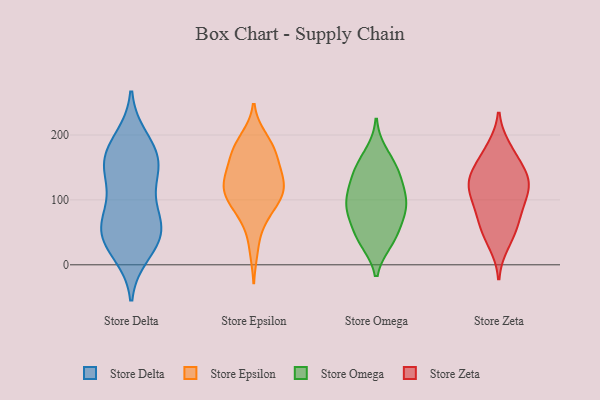
{"axis": {"x": "Budget (USD K)", "y": "Value"}, "legend": ["Store Delta", "Store Epsilon", "Store Omega", "Store Zeta"], "data": [{"x": "", "y": 134, "type": "Store Delta"}, {"x": "", "y": 163, "type": "Store Delta"}, {"x": "", "y": 53, "type": "Store Delta"}, {"x": "", "y": 18, "type": "Store Delta"}, {"x": "", "y": 163, "type": "Store Delta"}, {"x": "", "y": 110, "type": "Store Delta"}, {"x": "", "y": 61, "type": "Store Delta"}, {"x": "", "y": 49, "type": "Store Delta"}, {"x": "", "y": 184, "type": "Store Delta"}, {"x": "", "y": 194, "type": "Store Delta"}, {"x": "", "y": 35, "type": "Store Delta"}, {"x": "", "y": 154, "type": "Store Delta"}, {"x": "", "y": 32, "type": "Store Delta"}, {"x": "", "y": 71, "type": "Store Delta"}, {"x": "", "y": 151, "type": "Store Delta"}, {"x": "", "y": 76, "type": "Store Delta"}, {"x": "", "y": 180, "type": "Store Epsilon"}, {"x": "", "y": 166, "type": "Store Epsilon"}, {"x": "", "y": 103, "type": "Store Epsilon"}, {"x": "", "y": 123, "type": "Store Epsilon"}, {"x": "", "y": 160, "type": "Store Epsilon"}, {"x": "", "y": 191, "type": "Store Epsilon"}, {"x": "", "y": 69, "type": "Store Epsilon"}, {"x": "", "y": 105, "type": "Store Epsilon"}, {"x": "", "y": 144, "type": "Store Epsilon"}, {"x": "", "y": 77, "type": "Store Epsilon"}, {"x": "", "y": 195, "type": "Store Epsilon"}, {"x": "", "y": 119, "type": "Store Epsilon"}, {"x": "", "y": 91, "type": "Store Epsilon"}, {"x": "", "y": 115, "type": "Store Epsilon"}, {"x": "", "y": 24, "type": "Store Epsilon"}, {"x": "", "y": 120, "type": "Store Epsilon"}, {"x": "", "y": 123, "type": "Store Epsilon"}, {"x": "", "y": 143, "type": "Store Epsilon"}, {"x": "", "y": 174, "type": "Store Epsilon"}, {"x": "", "y": 90, "type": "Store Omega"}, {"x": "", "y": 38, "type": "Store Omega"}, {"x": "", "y": 84, "type": "Store Omega"}, {"x": "", "y": 131, "type": "Store Omega"}, {"x": "", "y": 138, "type": "Store Omega"}, {"x": "", "y": 101, "type": "Store Omega"}, {"x": "", "y": 106, "type": "Store Omega"}, {"x": "", "y": 100, "type": "Store Omega"}, {"x": "", "y": 142, "type": "Store Omega"}, {"x": "", "y": 77, "type": "Store Omega"}, {"x": "", "y": 63, "type": "Store Omega"}, {"x": "", "y": 36, "type": "Store Omega"}, {"x": "", "y": 41, "type": "Store Omega"}, {"x": "", "y": 172, "type": "Store Omega"}, {"x": "", "y": 155, "type": "Store Omega"}, {"x": "", "y": 67, "type": "Store Zeta"}, {"x": "", "y": 173, "type": "Store Zeta"}, {"x": "", "y": 32, "type": "Store Zeta"}, {"x": "", "y": 129, "type": "Store Zeta"}, {"x": "", "y": 124, "type": "Store Zeta"}, {"x": "", "y": 124, "type": "Store Zeta"}, {"x": "", "y": 49, "type": "Store Zeta"}, {"x": "", "y": 107, "type": "Store Zeta"}, {"x": "", "y": 152, "type": "Store Zeta"}, {"x": "", "y": 180, "type": "Store Zeta"}, {"x": "", "y": 63, "type": "Store Zeta"}, {"x": "", "y": 90, "type": "Store Zeta"}, {"x": "", "y": 142, "type": "Store Zeta"}, {"x": "", "y": 95, "type": "Store Zeta"}, {"x": "", "y": 128, "type": "Store Zeta"}]}